Seli_vallavalitsus_Parnumaal, lk 15
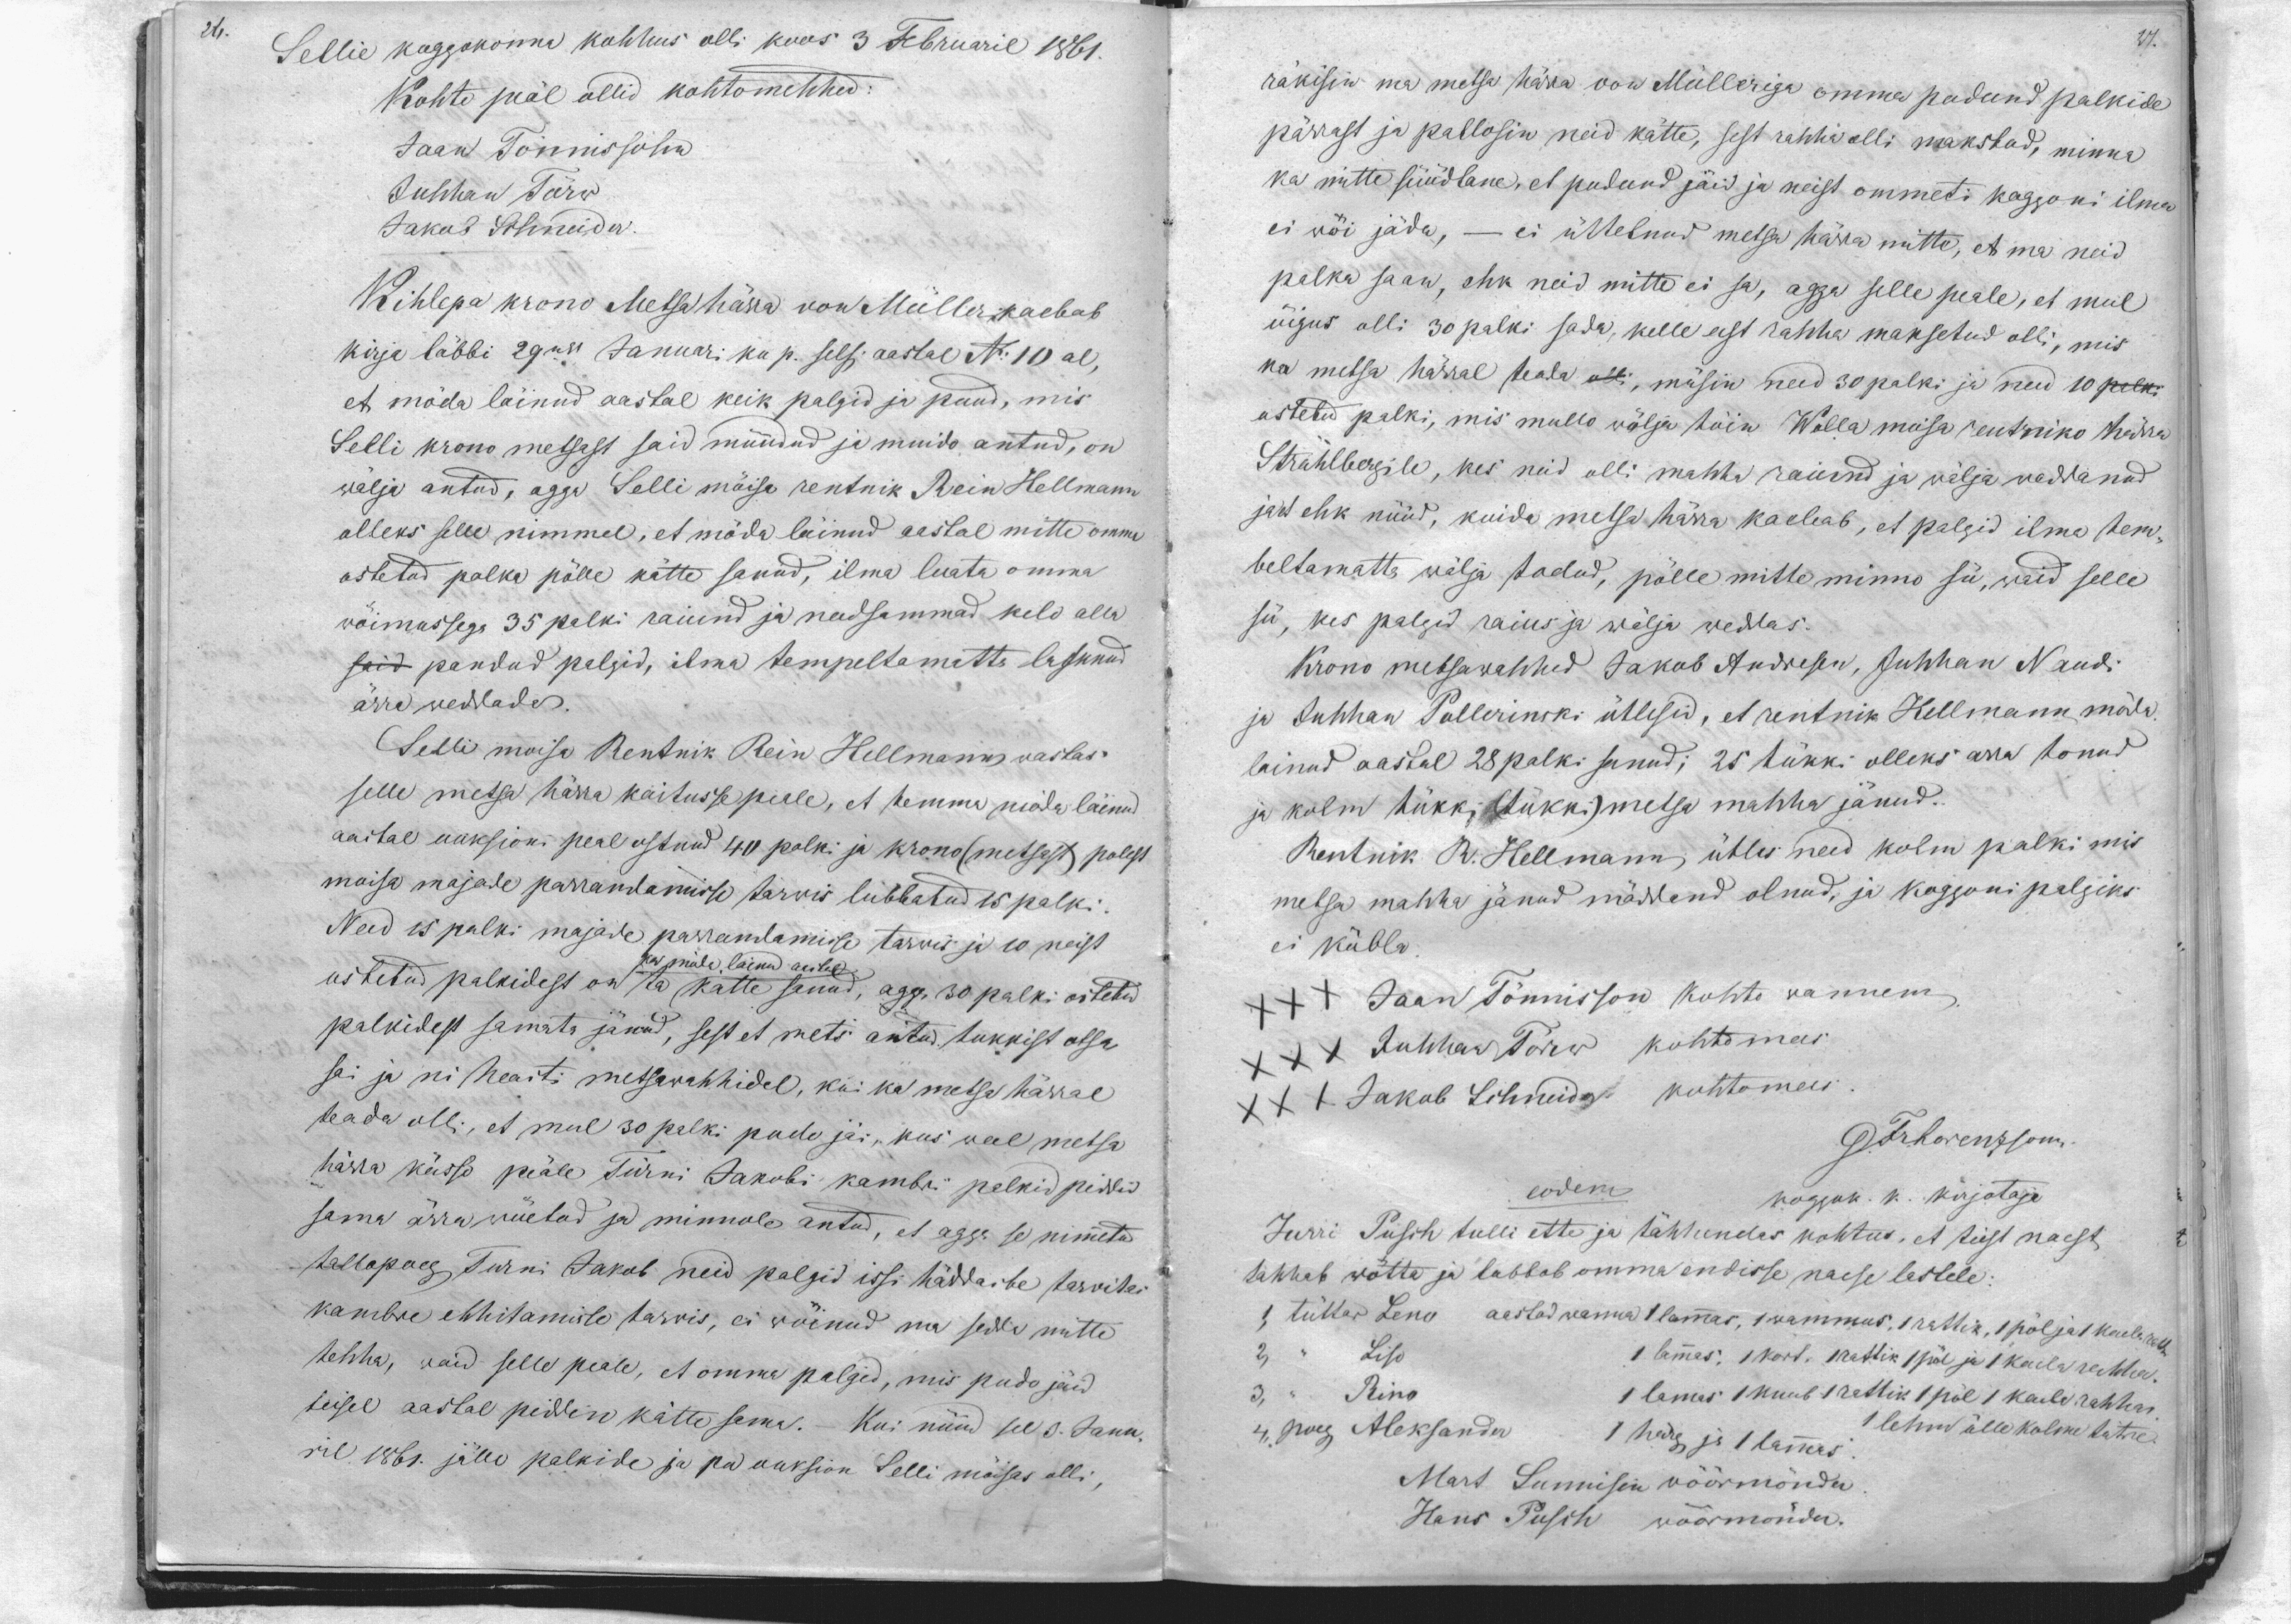
26.

Sellie koggokonna kohhus olli koos 3 Februaril 1861.
Kohte peäl ollid kohtomehhed:
Jaan Tönnissohn
Juhhan Törw
Jakob Schneider
Kihlepa krono Metsa härra von Müller kaebab
kirja läbbi 29mal Januari ku p. selsi. aastal No 10 al,
et möda läinud aastal keik palgid ja puud, mis
Selli krono metsast said müüdud ja muido antud, on
wälja antud, agga Selli mõisa rentnik Rein Hellmann
olleks selle nimmel, et möda läinud aastal mitte omma
ostetud palka pälle kätte sanud, ilma luata omma
wöimassega 35 palki raiund ja needsammad kelo alla
said pandud palgid, ilma tempeltamatta lasknud
ärra weddada.
Selli moisa Rentnik Rein Hellmann, wastas
selle metsa härra kaitusse peale, et temma möda läinud
aastal auksioni peal ostnud 40 palki ja krono (metsast) polest
maisa majade parrandamisse tarwis lubbatud 15 palki
Need 15 palki majade parrandamisse tarwis ja 10 neist
ostetud palkidest on ta kätte sanud, agga 30 palki ostetud
ka möla lainud aastal
palkidest samata jänud, sest et mets antud tukkist otsa
sai ja nii heasti metsawahhidel, kui ka metsa härral
teada olli, et mul 30 palki pudo jäi, kus weel metsa
härra kässo peäle Türni Jakobi kambri palkid piddid
sama ärra wöetud ja minnole antud, et agga se nimmetud
tallopoeg Turni Jakob neid palgid issi häddaibe tarwitas
kambre ehitamisse tarwis, ei wöinud ma sedda mitte
tehha, waid selle peale, et omma palgid, mis pudo jäid
teisel aastal piddin kätte sama. Kui nüüd sel 3. Janu-
ril 1861. jälle palkide ja ka auksion Selli möisas olli,

27.
räkisin ma metsa härra von Mülleriga omma pudund palkide
pärrast ja pallosin neid kätte, sest rahha olli makstud, minna
ka mitte süüdlane, et pudund jäid ja neist ommeti koggoni ilma
ei wöi jäda, - ei üttelnud metsa härra mitte, et ma neid
palka saan, ehk neid mitte ei sa, agga selle peale, et mul
öigus olli 30 palki sada, kelle eest rahha maksetud olli, mis
ka metsa härral teada olli, müsin need 30 palki ja need 10 palki
ostetud palki, mis mullo wälja töin Wolla moisa rentniko härra
Strahlbergile, kes neid olli mahha raiund ja wälja weddanud
ja et ehk nüüd, kuida metsa härra kaeleab, et palgid ilma tem-
beltamatta wälja todud, pölle mitte minno sü, waid selle
sü, kes palgid raius ja wälja weddas.
Krono metsawahhed Jakob Andresen, Juhhan Nandi
ja Juhhan Pollerinski ütlesid, et rentnik Hellmann möda
läinud aastal 28 palki sanud; 25 tükki olleks arra tonud
ja kolm tükki (tükki) metsa mahha jänud.
Rentnik R. Hellmann, ütles neid kolm palki mis
metsa mahha jänud mäddend olnud, ja koggoni palgiks
ei kölba.
XXX Jaan Tönnisson Kohto wannem
XXX Juhhan Törw kohtomees
XXX Jakob Schneider kohtomees
G. Fr. Lorenzsonn
eodem
kogguk. k. kirjotaja
Jurri Pusch tulli ette ja tähhendas kohtus, et teist naest
tahhab wötta ja lubbab omma endisse naese lastele:
1, tüttar Leno aastad wanna 1 lammas, 1 wammus, 1 rattik, 1 pöl ja 1 kaela ratt
2 " Liso
3, - Rino 1 lamas 1 kuub 1 rattik 1 põl 1 kaela rahhar
1 lammas, 1 kort. rattik 1 pöl ja 1 kaela rahha
4. poeg Aleksander
1 lehm ülle kolme tütre
1 härg ja 1 lammas
Mart Sunnisen wöörmönder
Hans Pusch wöörmönder